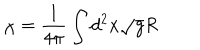
LaTeX: \chi = \frac { 1 } { 4 \pi } \int d ^ { 2 } x \sqrt { g } R